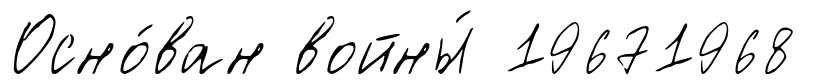
Осно́ван войны́ 19671968